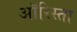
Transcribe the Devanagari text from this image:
ऑरिस्ता